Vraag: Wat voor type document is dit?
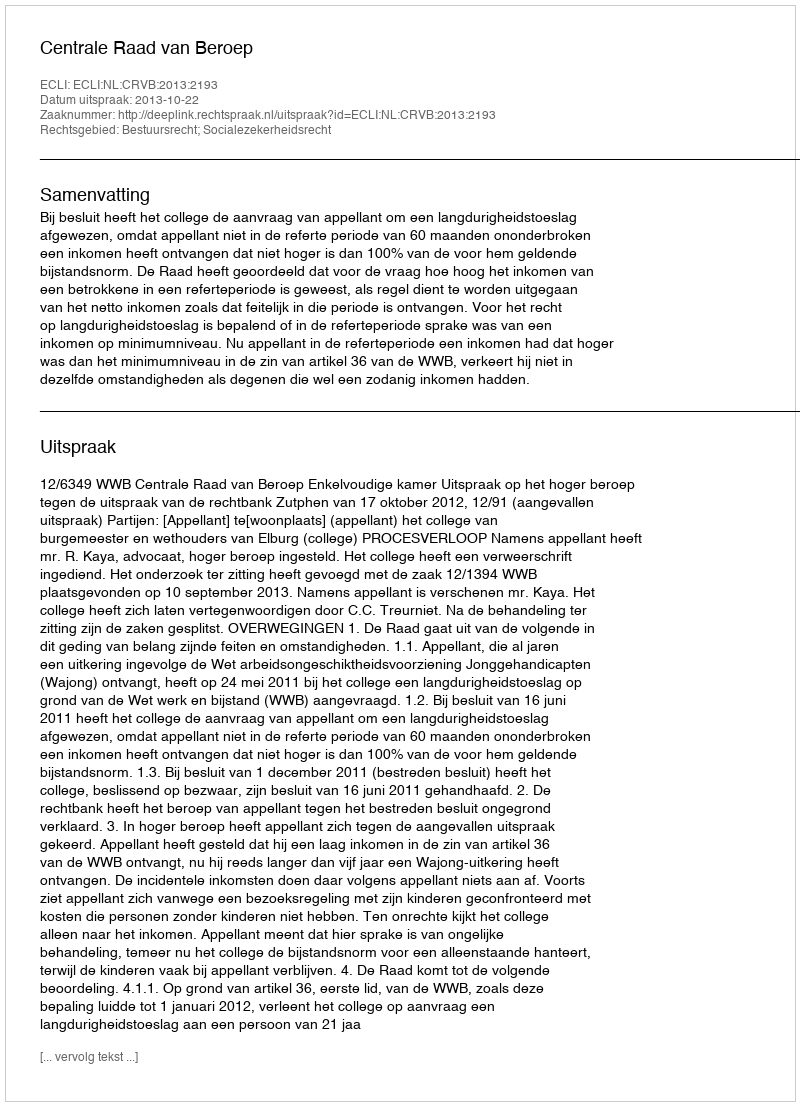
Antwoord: Uitspraak